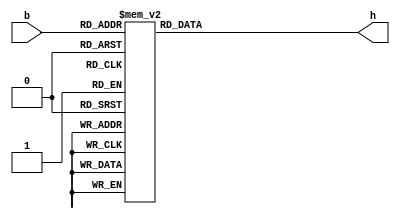
// Encodes a 4-bit unsigned binary integer into a 7 segment display signal
module hexDisplayDecoder(h, b);
    output reg [6:0] h;
    input [3:0] b;

    always @(b) begin
        case(b)
            0:
                h = 7'b1000000;
            1:
                h = 7'b1111001;
            2:
                h = 7'b0100100;
            3:
                h = 7'b0110000;
            4:
                h = 7'b0011001;
            5:
                h = 7'b0010010;
            6:
                h = 7'b0000010;
            7:
                h = 7'b1111000;
            8:
                h = 7'b0000000;
            9:
                h = 7'b0010000;
            10:
                h = 7'b0001000;
            11:
                h = 7'b0000011;
            12:
                h = 7'b1000110;
            13:
                h = 7'b0100001;
            14:
                h = 7'b0000110;
            15:
                h = 7'b0001110;
        endcase
    end
endmodule